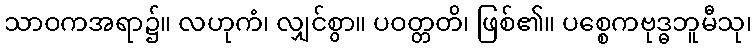
သာဝကအရာ၌။ လဟုကံ၊ လျှင်စွာ။ ပဝတ္တတိ၊ ဖြစ်၏။ ပစ္စေကဗုဒ္ဓဘူမီသု၊